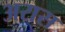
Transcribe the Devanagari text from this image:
अरास